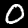
Digit: 0